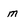
Character: m